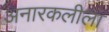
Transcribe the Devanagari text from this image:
अनारकलीला